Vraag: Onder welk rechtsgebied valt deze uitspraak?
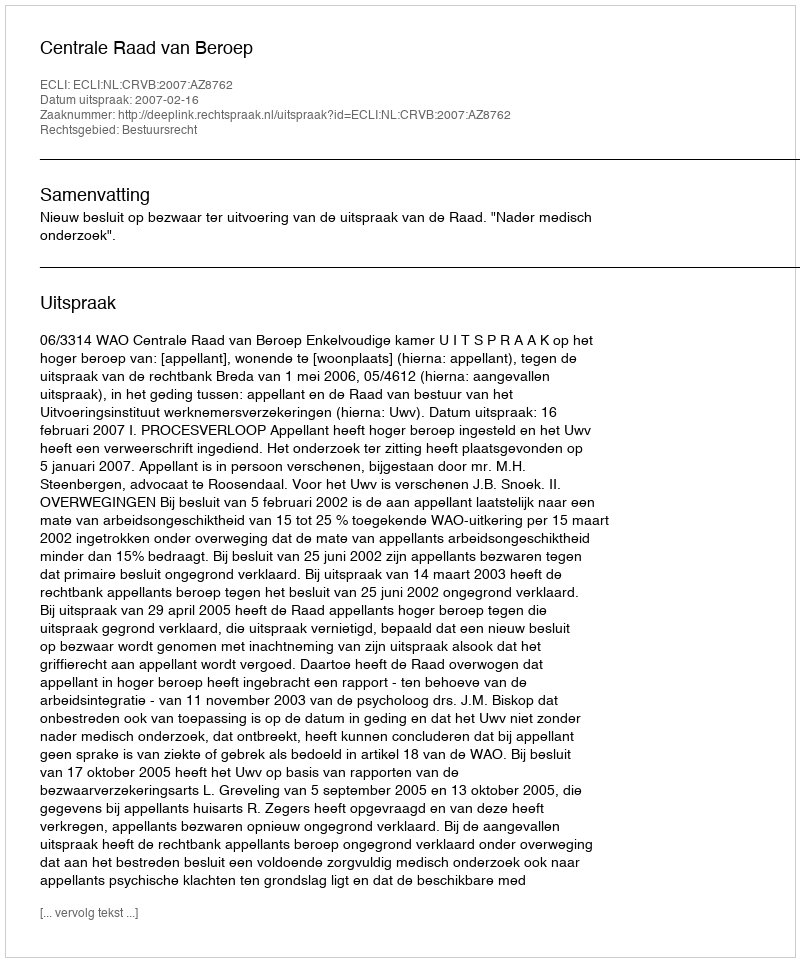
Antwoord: Bestuursrecht